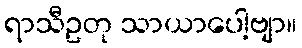
ရာသီဥတု သာယာပေါ့ဗျာ။